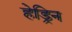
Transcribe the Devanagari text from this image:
हेड्रिन